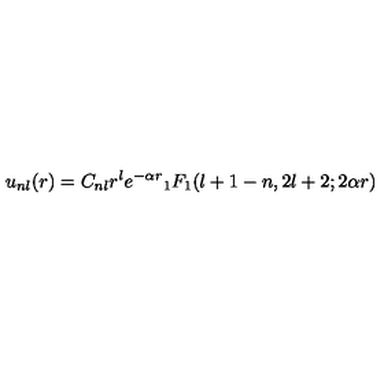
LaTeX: u _ { n l } ( r ) = C _ { n l } r ^ { l } e ^ { - \alpha r } { } _ { 1 } F _ { 1 } ( l + 1 - n , 2 l + 2 ; 2 \alpha r )